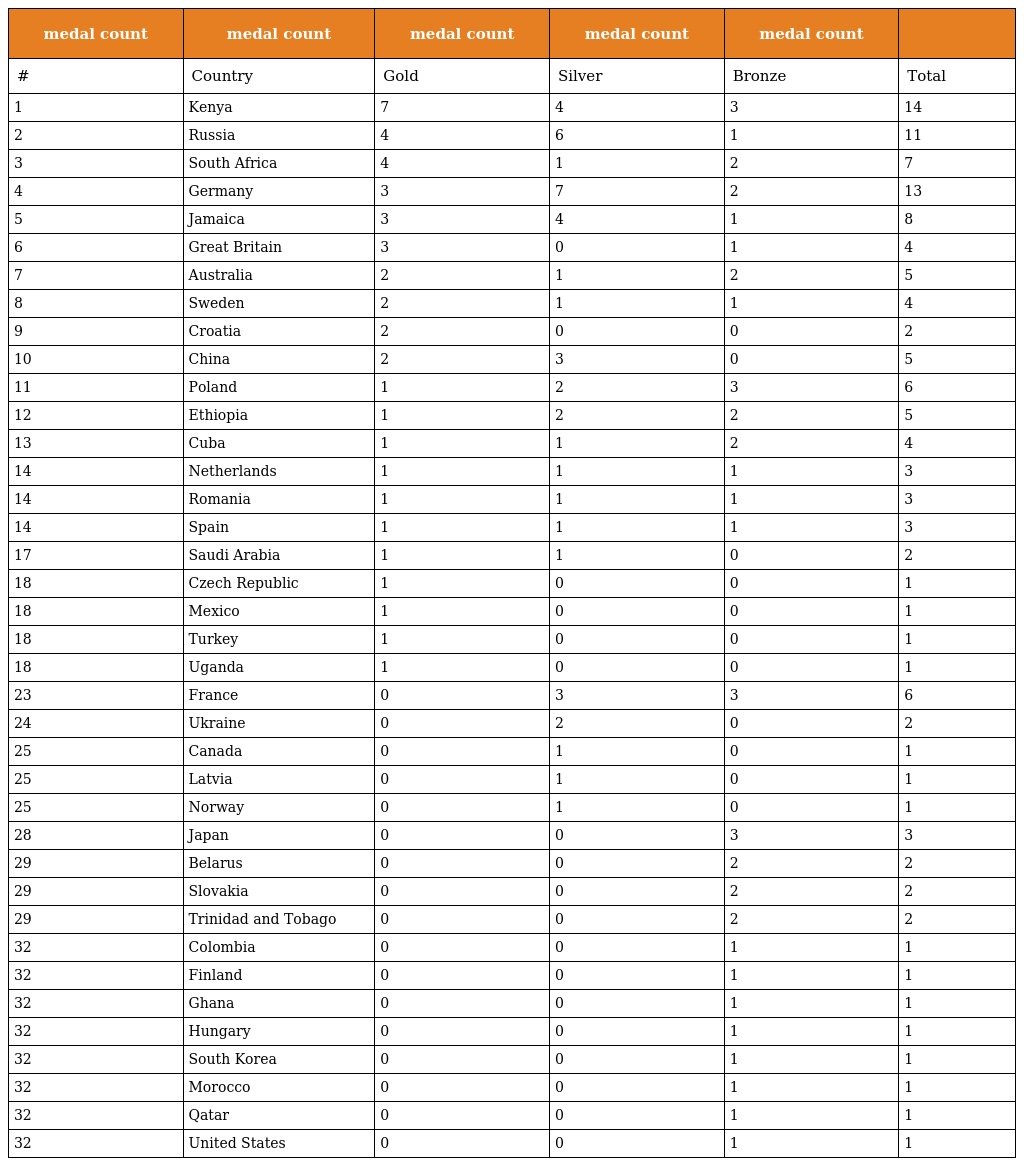
| medal count | medal count | medal count | medal count | medal count |  |
 | --- | --- | --- | --- | --- | --- |
 | # | Country | Gold | Silver | Bronze | Total |
 | 1 | Kenya | 7 | 4 | 3 | 14 |
 | 2 | Russia | 4 | 6 | 1 | 11 |
 | 3 | South Africa | 4 | 1 | 2 | 7 |
 | 4 | Germany | 3 | 7 | 2 | 13 |
 | 5 | Jamaica | 3 | 4 | 1 | 8 |
 | 6 | Great Britain | 3 | 0 | 1 | 4 |
 | 7 | Australia | 2 | 1 | 2 | 5 |
 | 8 | Sweden | 2 | 1 | 1 | 4 |
 | 9 | Croatia | 2 | 0 | 0 | 2 |
 | 10 | China | 2 | 3 | 0 | 5 |
 | 11 | Poland | 1 | 2 | 3 | 6 |
 | 12 | Ethiopia | 1 | 2 | 2 | 5 |
 | 13 | Cuba | 1 | 1 | 2 | 4 |
 | 14 | Netherlands | 1 | 1 | 1 | 3 |
 | 14 | Romania | 1 | 1 | 1 | 3 |
 | 14 | Spain | 1 | 1 | 1 | 3 |
 | 17 | Saudi Arabia | 1 | 1 | 0 | 2 |
 | 18 | Czech Republic | 1 | 0 | 0 | 1 |
 | 18 | Mexico | 1 | 0 | 0 | 1 |
 | 18 | Turkey | 1 | 0 | 0 | 1 |
 | 18 | Uganda | 1 | 0 | 0 | 1 |
 | 23 | France | 0 | 3 | 3 | 6 |
 | 24 | Ukraine | 0 | 2 | 0 | 2 |
 | 25 | Canada | 0 | 1 | 0 | 1 |
 | 25 | Latvia | 0 | 1 | 0 | 1 |
 | 25 | Norway | 0 | 1 | 0 | 1 |
 | 28 | Japan | 0 | 0 | 3 | 3 |
 | 29 | Belarus | 0 | 0 | 2 | 2 |
 | 29 | Slovakia | 0 | 0 | 2 | 2 |
 | 29 | Trinidad and Tobago | 0 | 0 | 2 | 2 |
 | 32 | Colombia | 0 | 0 | 1 | 1 |
 | 32 | Finland | 0 | 0 | 1 | 1 |
 | 32 | Ghana | 0 | 0 | 1 | 1 |
 | 32 | Hungary | 0 | 0 | 1 | 1 |
 | 32 | South Korea | 0 | 0 | 1 | 1 |
 | 32 | Morocco | 0 | 0 | 1 | 1 |
 | 32 | Qatar | 0 | 0 | 1 | 1 |
 | 32 | United States | 0 | 0 | 1 | 1 |